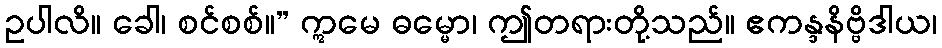
ဥပါလိ။ ခေါ၊ စင်စစ်။” ဣမေ ဓမ္မော၊ ဤတရားတို့သည်။ ဧကန္ဒနိဗ္ဗိဒါယ၊